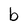
Character: b